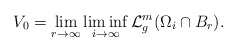
\begin{align*}V_0 = \lim_{r \to \infty} \liminf_{i \to \infty} \mathcal{L}^m_g(\Omega_i \cap B_r).\end{align*}